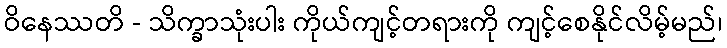
ဝိနေဿတိ - သိက္ခာသုံးပါး ကိုယ်ကျင့်တရားကို ကျင့်စေနိုင်လိမ့်မည်၊